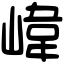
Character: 𡺨